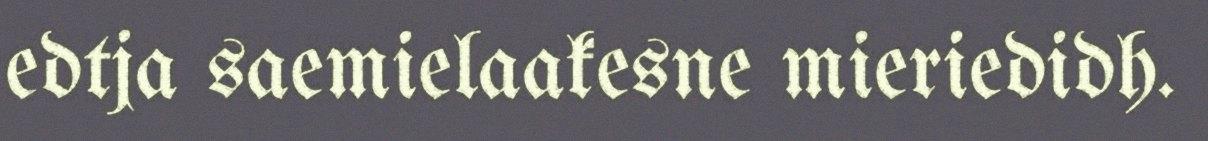
edtja saemielaakesne mieriedidh.